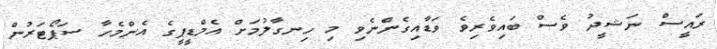
ރައީސް ނަޝީދު ވެސް ބައިވެރިވެ ވަޑާއިގެންނެވި މި ހިނގާލުމަށް އެމްޑީޕީގެ އެންމެހާ ސަޕޯޓަރުން